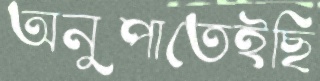
অনুপাতেইছি